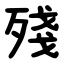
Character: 殘